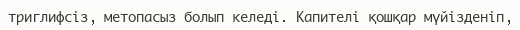
триглифсіз, метопасыз болып келеді. Капителі қошқар мүйізденіп,